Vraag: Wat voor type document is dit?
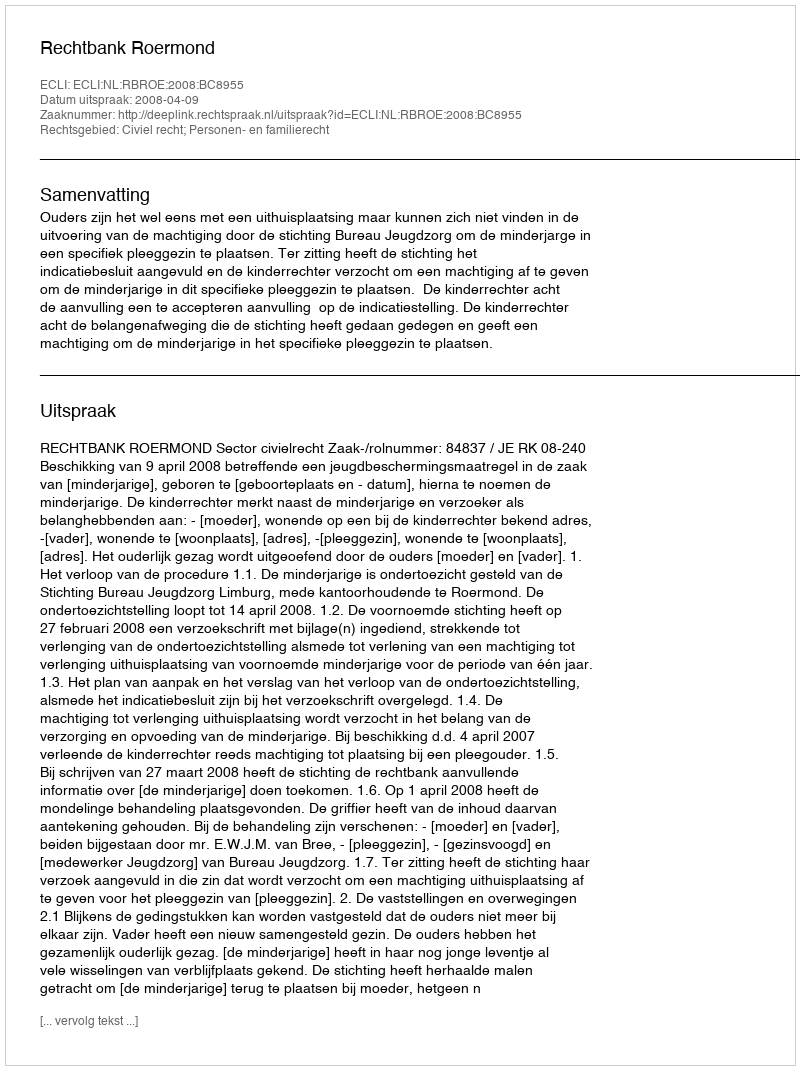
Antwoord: Uitspraak